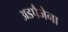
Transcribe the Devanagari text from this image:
अडपैजेना